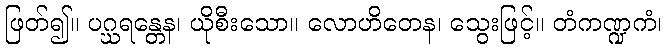
ဖြတ်၍။ ပဂ္ဃရန္တေန၊ ယိုစီးသော။ လောဟိတေန၊ သွေးဖြင့်။ တံကဏ္ဍကံ၊